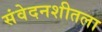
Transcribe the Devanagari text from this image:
संवेदनशीतला